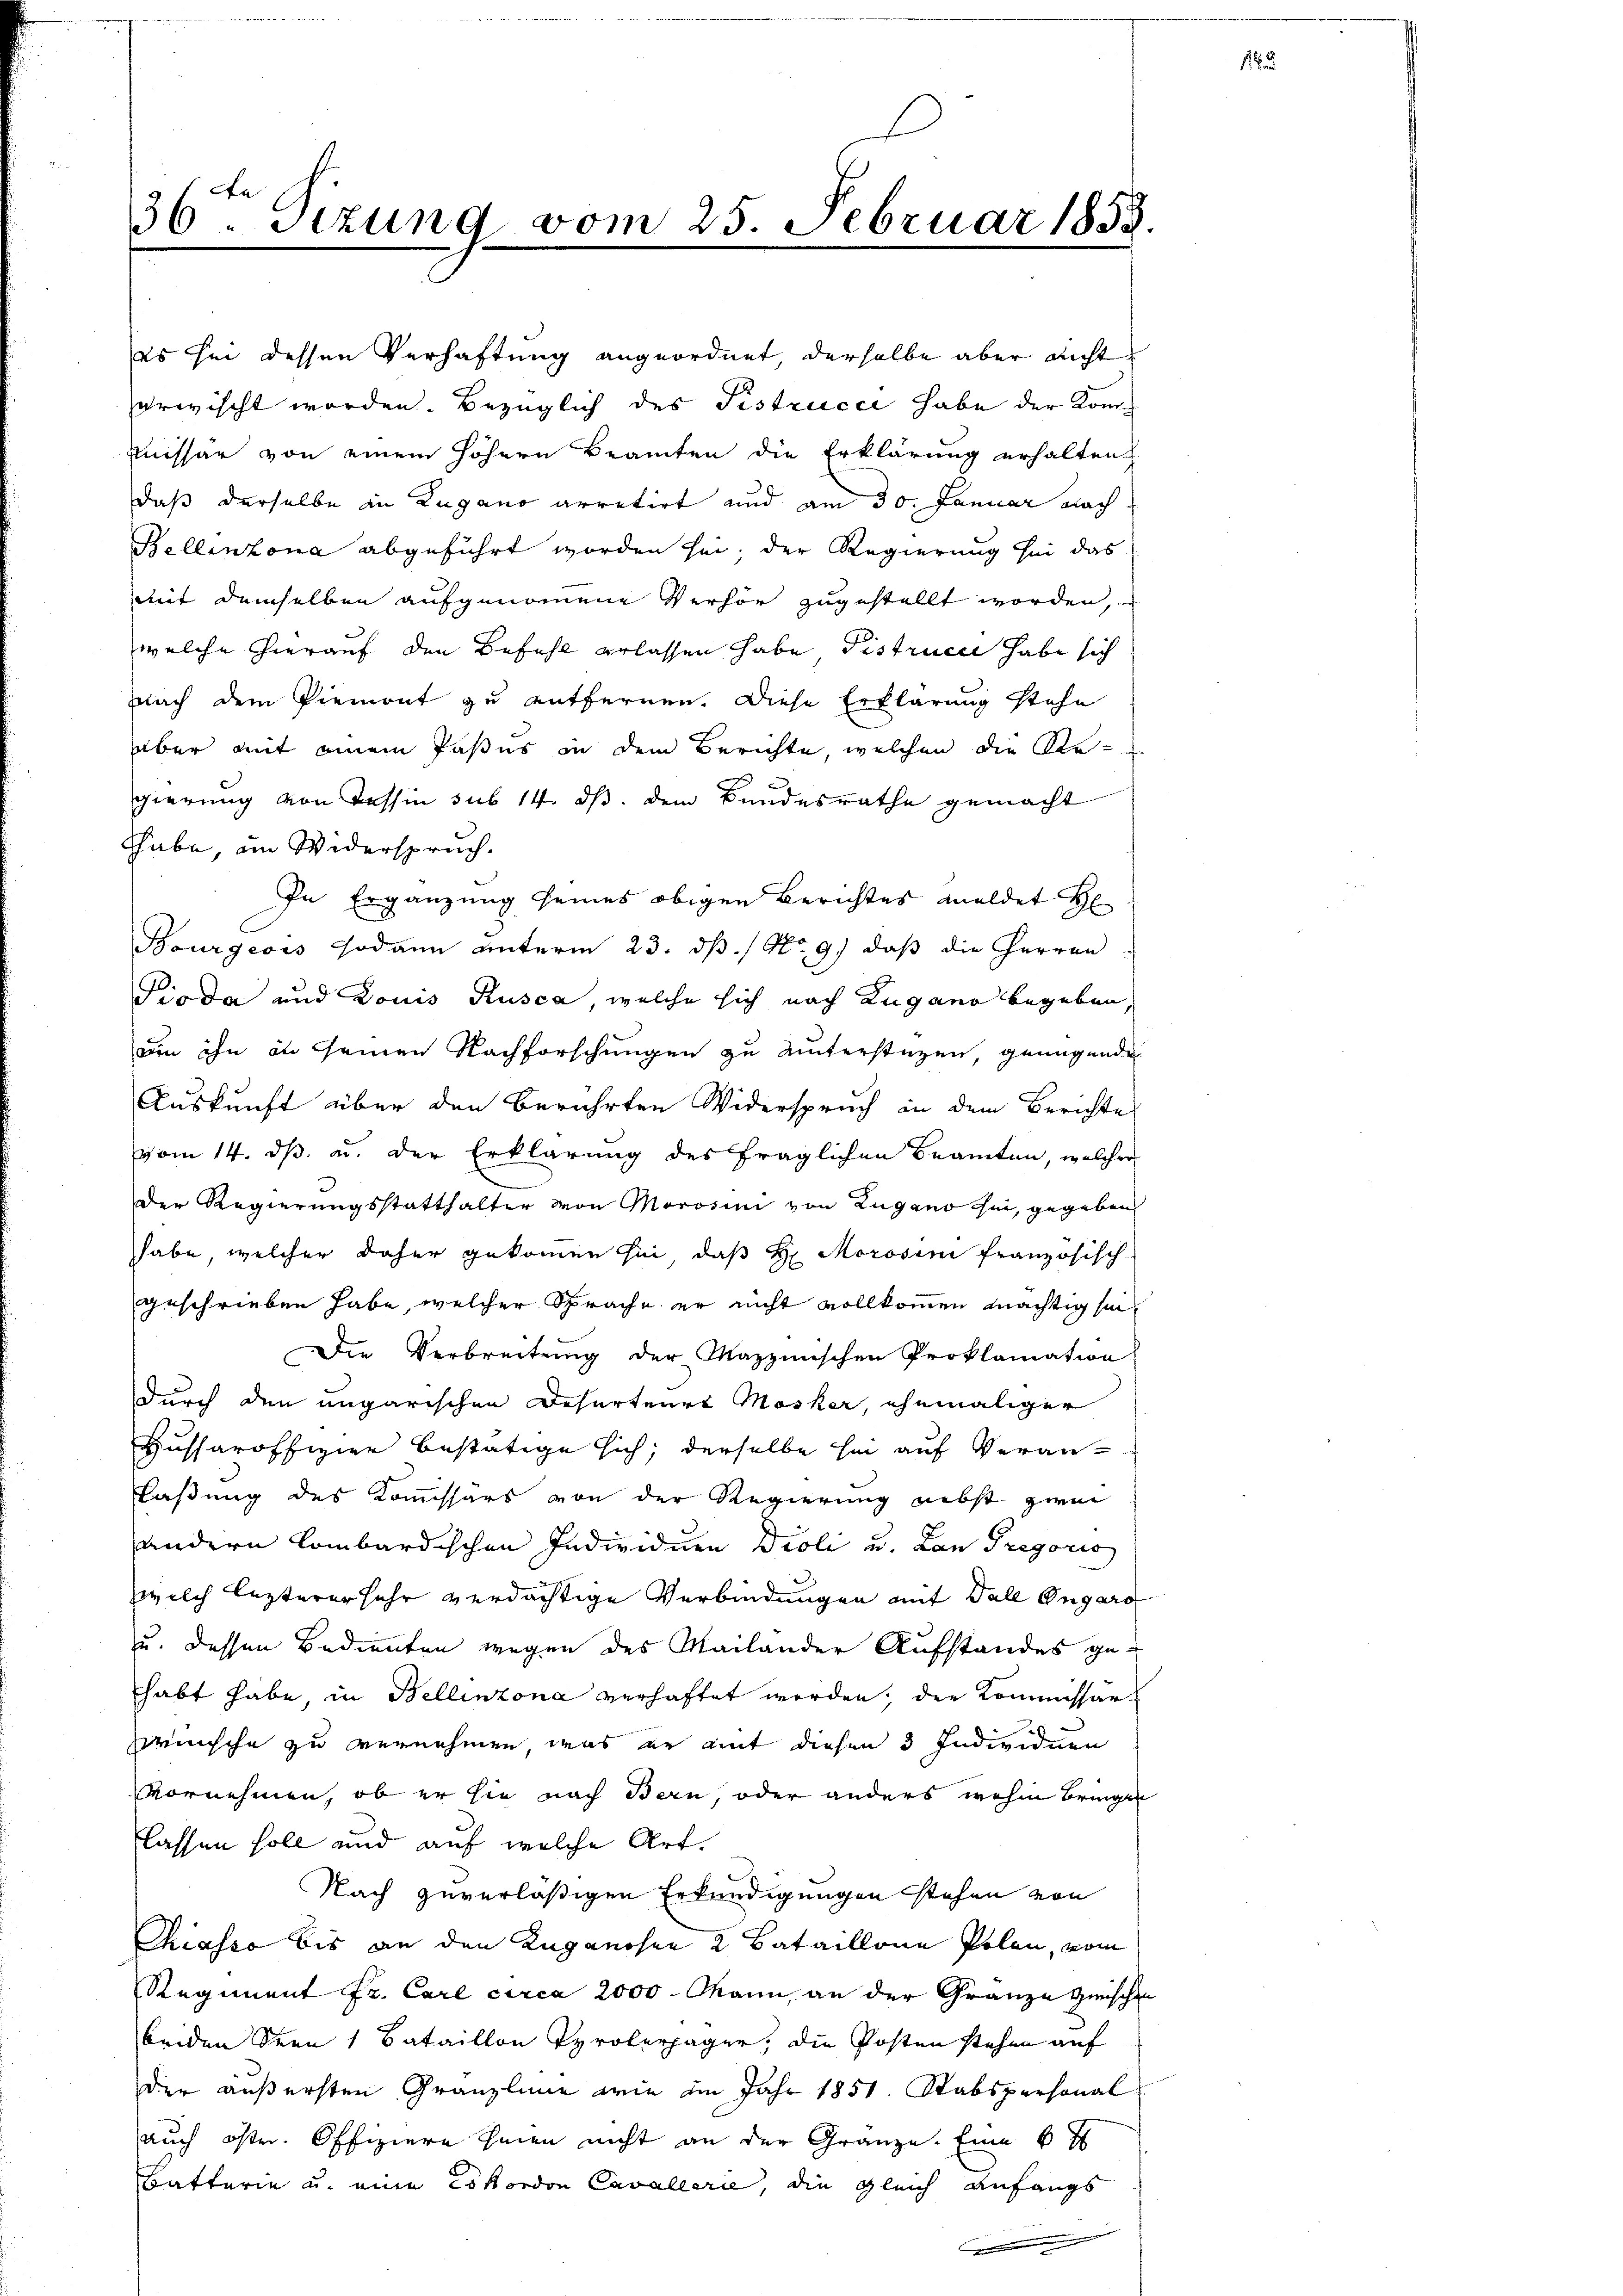
es sei dessen Verhaftung angeordnet, derselbe aber nicht
erwischt worden. Bezüglich des Fistrucci habe der Kom¬
Muissar von einem höhern Beamten die Erklärung erhalten,
daß derselbe in Zugano arretirt und am 30. Januar nach
Bellinzona abgeführt worden sei; der Regierung sei das
mit demselben aufgenommene Verhör zugestellt worden,
welche hierauf den Befehl erlassen habe Distrucci habe sich
nach dem Piemont zu entfernen. Diese Erklärung stehe
über mit einem Pasus in dem Berichte, welchen die Ar-
gierung von Tessin sub 14. ds. dem Bundesrathe gemacht
thabe, ain Widerspruch,
In Ergänzung seines obigen Berichtes meldet H
Bourgeois sodann unterm 23. dß. / No. 9) daß die Herren
Pioda und Louis Rusca, welche sich nach Zugano begeben,
um ihn in seinen Nachforschungen zu unterstützen, genügende
Auskunft über den berührten Widerspruch in dem Berichte
vom 14. ds. u. der Erklärung des fraglichen Beamten, welcher
Der Regierungsstatthalter von Morosini von Zugano hin, gegeben
habe, welcher daher gekommen sei, daß H. Moroseni französisch-
geschrieben habe, welcher Sprache er nicht vollkommen mächtig sei
Die Verbreitung der Mazzinischen Proklamation
durch den ungarischen Dehurteurs Masker, ehemaliger
Hussaroffizier bestätige sich; derselbe sei auf Veranlaßung des Kommissärs von der Regierung nebst zwei
andern lombardischen Individuen Violi u. Lan Trigoris
welch lezterer sehr verdächtige Verbindungen auf Fall Ongard
u. dessen Bedienten wegen des Mailander Aufstandes gehabt habe in Bellinzona verhaftet worden, der Kommissär
wünsche zu vernehmen, was er mit diesen 3 Individuen
vornehmen, ob er sie nach Bern, oder anders wohin bringen
lassen soll und auf welche Art.
Nach zuverläßigen Erkundigungen stehen von
Chiasso bis an den Luganosen 2 Bataillone Polen, vom
Regiment Fr. Carl circa 2000 Mann, an der Granze Zwische
beiden Seen 1 Bataillon Tyrolerjagen, die Posten stehen auf
der äußersten Gränzlinie wie im Jahr 1851. Stabspersonal
auch öster. Offiziere seien nicht an der Gränze. Eine 6 t
Battarie u. eine Eskordon Cavallerie, die gleich Anfangs

Aa
36 Sizung vom 25. Februar 1858.